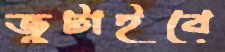
জুটাইবে